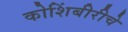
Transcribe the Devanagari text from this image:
कोशिंबीरीचे